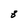
Character: 8